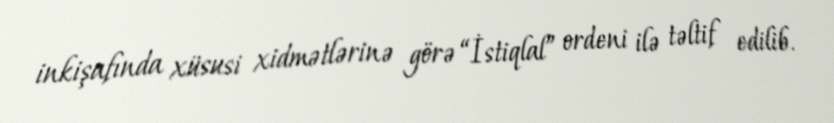
inkişafında xüsusi xidmətlərinə görə “İstiqlal” ordeni ilə təltif edilib.